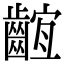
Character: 𪘫